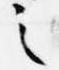
之